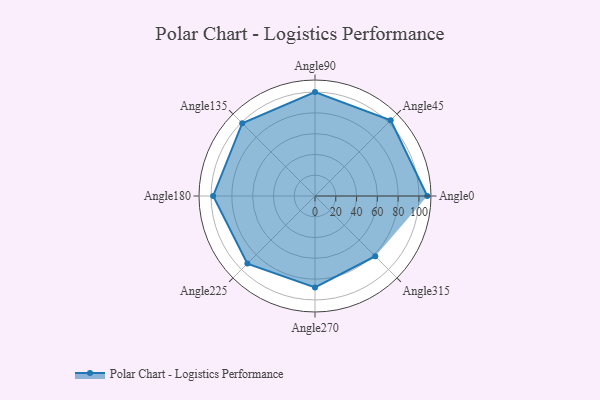
{"axis": {"x": "Angle", "y": "Radius"}, "legend": [""], "data": [{"x": "Angle0", "y": 108.0, "type": ""}, {"x": "Angle45", "y": 103.0, "type": ""}, {"x": "Angle90", "y": 100.0, "type": ""}, {"x": "Angle135", "y": 99.0, "type": ""}, {"x": "Angle180", "y": 98.0, "type": ""}, {"x": "Angle225", "y": 92.0, "type": ""}, {"x": "Angle270", "y": 88.0, "type": ""}, {"x": "Angle315", "y": 82.0, "type": ""}]}